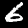
Digit: 6